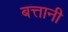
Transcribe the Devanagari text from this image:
बत्तानी